system: You are a helpful assistant.
user:
Analyze the provided spectrum to determine if it is a **Carbon Star (C-type)**.

- **Key Visual Indicators of Carbon Star:**
    - **(Primary):** Strong molecular absorption from **C₂ (diatomic carbon) "Swan Bands."** This is the **defining feature** of a carbon star.
        - **(Key Bandheads):** Sharp absorption edges are visible at approximately $5635$ Å, $5165$ Å (the strongest band), and $4737$ Å.
        - **(Line Profile):** Creates a distinct **"saw-tooth"** pattern. The key morphology is a sharp, steep bandhead on the **red (long-wavelength) side**, which then gradually tapers off (i.e., flux recovers) towards the **blue (short-wavelength) side**. *(This is the direct opposite of the TiO bands seen in M-type stars)*.

    - **(Secondary):** Intense **CN (cyanogen)** molecular absorption bands.
        - **(Key Bandheads):** Located in the blue and violet regions of the spectrum (e.g., near $4215$ Å and $3883$ Å).
        - **(Morphology):** These bands are extremely broad and act as a "blanket," absorbing the vast majority of blue and violet light. This creates a characteristic **"cliff"** or **"steep drop-off"** in the spectrum's flux at short wavelengths.

    - **(Key Confirmation):** Strong **CH absorption band (G-band)**.
        - **(Key Bandhead):** Located around $4300$ Å. The contribution from CH molecules to this band is exceptionally strong.

    - **(Overall Spectrum):**
        - The continuum is severely "chopped up" by these deep molecular bands, especially C₂, rather than appearing as a smooth curve.
        - Due to the heavy CN and C₂ absorption in the blue-green, the vast majority of the star's flux is concentrated in the red part of the spectrum, giving the star its characteristic deep red color.

Think first, call **spectral_visualization_tool** if needed to examine features in detail, then provide your final answer. Your response must adhere to the following strict rules:
1.  **Overall Structure:** Your response must follow the format `<think>...</think> <tool_call>...</tool_call> (if a tool is used) <answer>...</answer>`.
2.  **Tool Usage Constraint:** You may only make **one** tool call per turn.
3.  **Final Answer Format:** In the `<answer>` tag, your conclusion must be inside a `\boxed{}` command (e.g., `\boxed{YES}`), followed by your justification.

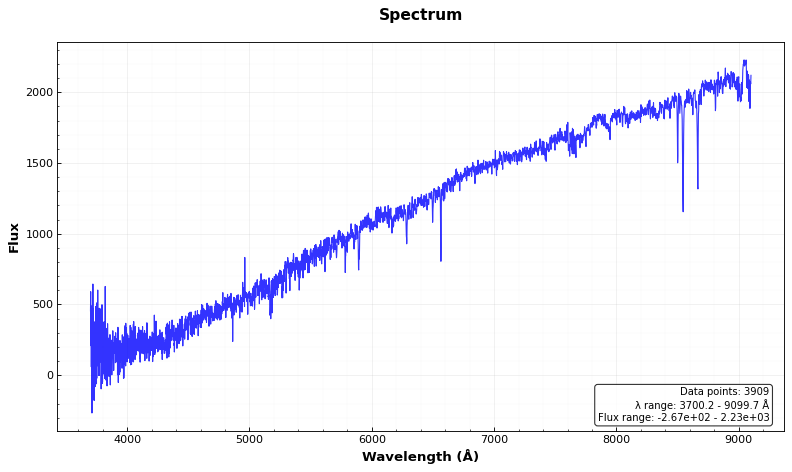
Answer: NO